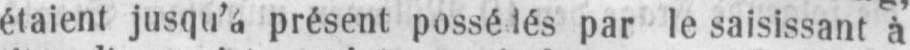
présent possélés par le saisissant à